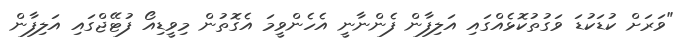
"ވަރަށް ކުޑަކުޑަ ވަގުތުކޮޅެއްގައި އަލިފާން ފެންނާނީ އެހެންވީމަ އެގޮތުން މިވީޑިއޯ ފުޓޭޖްގައި އަލިފާން